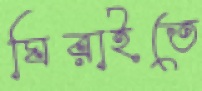
ঘিরাইতে